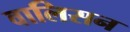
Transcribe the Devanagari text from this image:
वालिसन